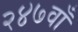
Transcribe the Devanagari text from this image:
२४७वाँ